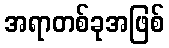
အရာတစ်ခုအဖြစ်